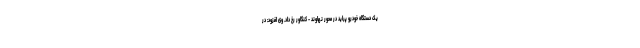
یک دستگاه خودرو پراید در محور نهاوند - کنگاور رخ داد. وی افزود: در